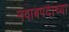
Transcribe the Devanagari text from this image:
नवाबपदाच्या